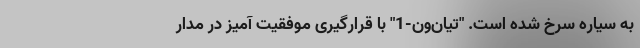
به سیاره سرخ شده است. "تیان‌ون-1" با قرارگیری موفقیت آمیز در مدار